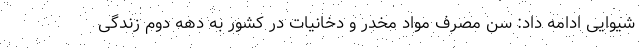
شیوایی ادامه داد: سن مصرف مواد مخدر و دخانیات در کشور به دهه دوم زندگی